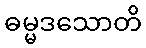
ဓမ္မဒသောတိ